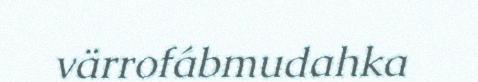
värrofábmudahka